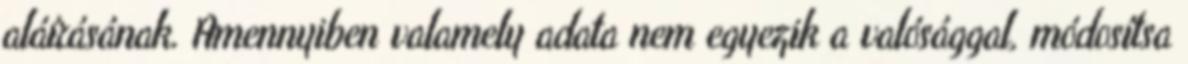
aláírásának. Amennyiben valamely adata nem egyezik a valósággal, módosítsa